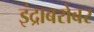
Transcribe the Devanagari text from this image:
इंद्राबरोबर